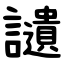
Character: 讉